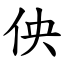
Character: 佒